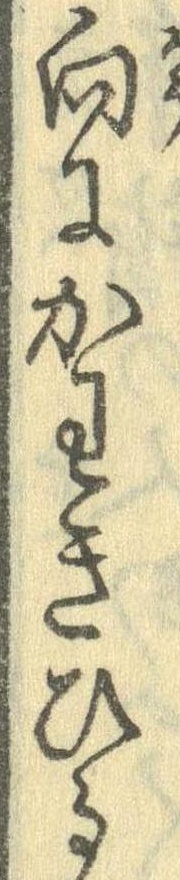
向にかわきひる